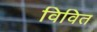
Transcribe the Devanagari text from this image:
विवित